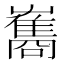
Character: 雟